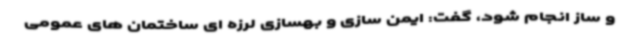
و ساز انجام شود، گفت: ایمن سازی و بهسازی لرزه ای ساختمان های عمومی